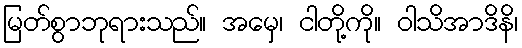
မြတ်စွာဘုရားသည်။ အမှေ၊ ငါတို့ကို။ ဝါသိအာဒိနိ၊